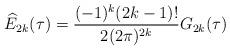
LaTeX: \begin{align*}\widehat{E}_{2k}(\tau) = \frac{(-1)^k(2k-1)!}{2(2\pi)^{2k}}G_{2k}(\tau)\end{align*}